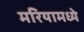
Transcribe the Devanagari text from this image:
मरियामध्ये